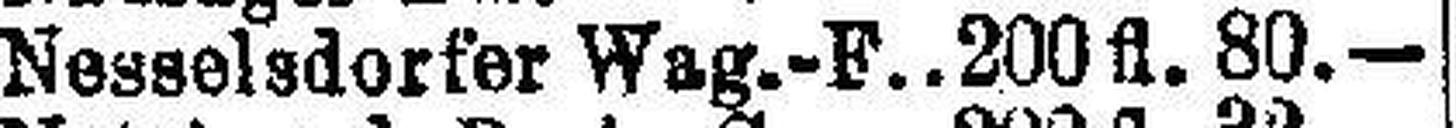
Nesselsdorfer Wag.-F. 200 fl. 80.—